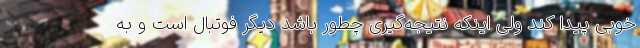
خوبی پیدا کند ولی اینکه نتیجه‌گیری چطور باشد دیگر فوتبال است و به